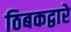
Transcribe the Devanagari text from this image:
ठिबकद्वारे